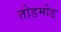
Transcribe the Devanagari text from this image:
तोडमोड